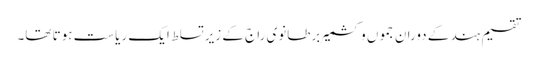
تقسیم ہند کے دوران جموں و کشمیر برطانوی راج کے زیر تسلط ایک ریاست ہوتا تھا۔